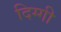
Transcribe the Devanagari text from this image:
दिग्गी